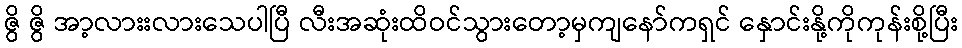
ဇွိ ဇွိ အာ့လားးလားသေပါပြီ လီးအဆုံးထိဝင်သွားတော့မှကျနော်ကရှင် နှောင်းနို့ကိုကုန်းစို့ပြီး